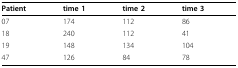
| Patient | time 1 | time 2 | time 3 |
 | --- | --- | --- | --- |
 | 07 | 174 | 112 | 86 |
 | 18 | 240 | 112 | 41 |
 | 19 | 148 | 134 | 104 |
 | 47 | 126 | 84 | 78 |